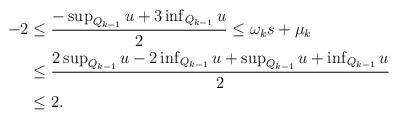
LaTeX: \begin{align*} \begin{aligned} -2&\leq\frac{-\sup_{Q_{k-1}}u+3\inf_{Q_{k-1}}u}{2}\leq \omega_k s+\mu_k\\ &\leq \frac{2\sup_{Q_{k-1}}u-2\inf_{Q_{k-1}}u+\sup_{Q_{k-1}}u+\inf_{Q_{k-1}}u}{2}\\ &\leq 2. \end{aligned} \end{align*}